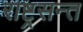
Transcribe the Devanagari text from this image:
राष्ट्रसन्त